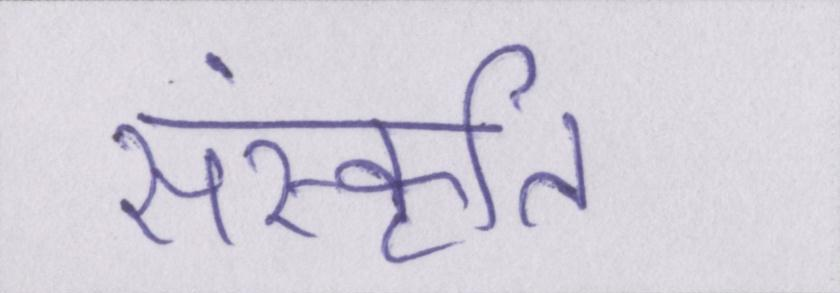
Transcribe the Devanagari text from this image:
संस्कॄति